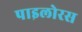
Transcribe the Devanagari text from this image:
पाइलोरस